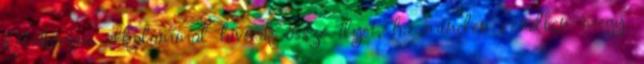
két-három alkalommal hívnak össze ilyet, ha minden rendben megy.